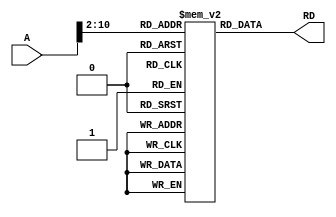
//=========================================================
// Instruction memory (read-only)
//RD = out instruction
//A= input address
//=========================================================
//
module Instr_Memory(A,RD);
input  [31:0]A;
output [31:0]RD;

parameter memsize=256;
reg [31:0] memory [memsize:0];

assign RD = memory[A[31:2]];

endmodule